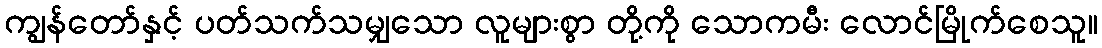
ကျွန်တော်နှင့် ပတ်သက်သမျှသော လူများစွာ တို့ကို သောကမီး လောင်မြိုက်စေသူ။